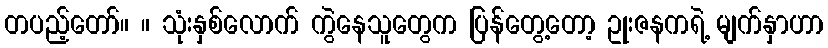
တပည့်တော်။ ။ သုံးနှစ်လောက် ကွဲနေသူတွေက ပြန်တွေ့တော့ ဥုးဇနကရဲ့ မျက်နှာဟာ